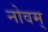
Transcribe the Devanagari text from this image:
नोवम्